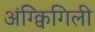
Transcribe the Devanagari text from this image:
अंग्क्विगिली